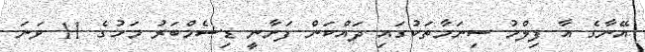
އޭނާގެ އާ ފިލްމު ސިނަމާތަކުގައި ދައްކަން ފަށާނީ ޑިސެމްބަރު މަހުގެ 11 ވަނަ